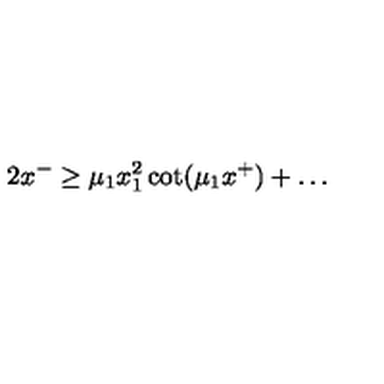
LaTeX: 2 x ^ { - } \ge \mu _ { 1 } x _ { 1 } ^ { 2 } \cot ( \mu _ { 1 } x ^ { + } ) + \ldots